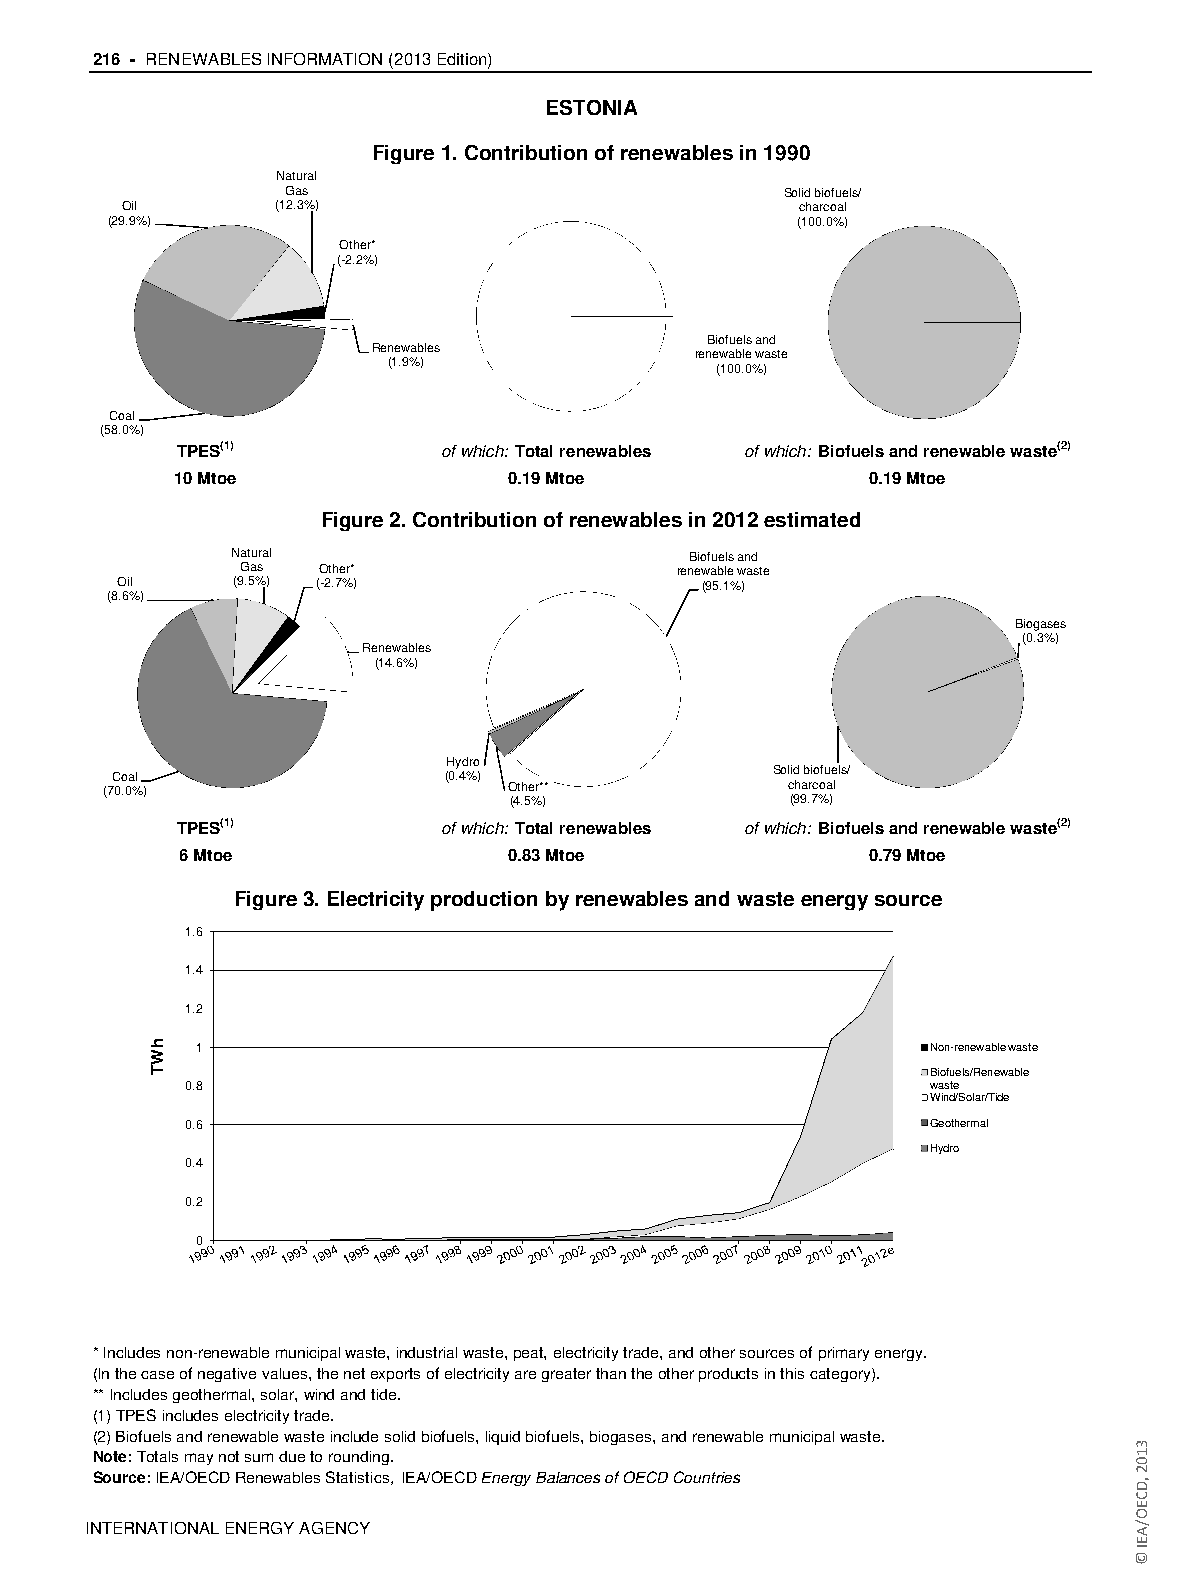
216 - RENEWABLES INFORMATION (2013 Edition)
 ESTONIA
 Figure 1. Contribution of renewables in 1990
 Natural
 Gas                              Solid biofuels/
 Oil       (12.3%)                            charcoal
 (29.9%)                                       (100.0%)
 Other*
 (-2.2%)
 Biofuels and
 Renewables            renewable waste
 (1.9%)               (100.0%)
 Coal
 (58.0%)
 TPES(1)          of which: Total renewables of which: Biofuels and renewable waste(2)
 10 Mtoe                0.19 Mtoe              0.19 Mtoe
 Figure 2. Contribution of renewables in 2012 estimated
 Natural                        Biofuels and
 Gas  Other*                  renewable waste
 Oil    (9.5%) (-2.7%)                 (95.1%)
 (8.6%)
 Biogases
 (0.3%)
 Renewables
 (14.6%)
 Hydro
 Coal                  (0.4%)                Solid biofuels/
 (70.0%)                    Other**           charcoal
 (4.5%)            (99.7%)
 TPES(1)          of which: Total renewables of which: Biofuels and renewable waste(2)
 6 Mtoe                0.83 Mtoe              0.79 Mtoe
 Figure 3. Electricity production by renewables and waste energy source
 1.6
 1.4
 1.2
 1                                               Non-renewable waste
 Biofuels/Renewable
 0.8                                              waste
 Wind/Solar/Tide
 0.6                                              Geothermal
 Hydro
 0.4
 0.2
 0
 * Includes non-renewable municipal waste, industrial waste, peat, electricity trade, and other sources of primary energy.
 (In the case of negative values, the net exports of electricity are greater than the other products in this category).
 ** Includes geothermal, solar, wind and tide.
 (1) TPES includes electricity trade.
 (2) Biofuels and renewable waste include solid biofuels, liquid biofuels, biogases, and renewable municipal waste.
 Note: Totals may not sum due to rounding.
 Source: IEA/OECD Renewables Statistics, IEA/OECD Energy Balances of OECD Countries
 IINNTTEERRNNAATTIIOONNAALL EENNEERRGGYY AAGGEENNCCYY
 hWT
 3102
 ,DCEO/AEI
 ©